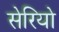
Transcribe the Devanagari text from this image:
सेरियो